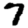
Digit: 7